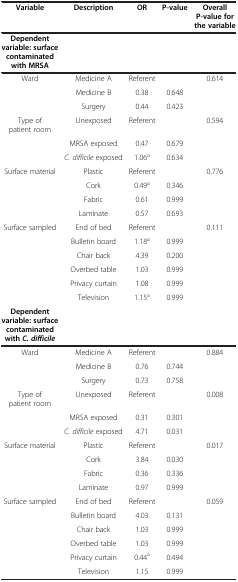
<table><thead><tr><td><b>Variable</b></td><td><b>Description</b></td><td><b>OR</b></td><td><b>P-value</b></td><td><b>Overall P-value for the variable</b></td></tr></thead><tbody><tr><td><b>Dependent variable: surface contaminated with MRSA</b></td><td> </td><td> </td><td> </td><td> </td></tr><tr><td>Ward</td><td>Medicine A</td><td>Referent</td><td> </td><td>0.614</td></tr><tr><td> </td><td>Medicine B</td><td>0.38</td><td>0.648</td><td> </td></tr><tr><td> </td><td>Surgery</td><td>0.44</td><td>0.423</td><td> </td></tr><tr><td>Type of patient room</td><td>Unexposed</td><td>Referent</td><td> </td><td>0.594</td></tr><tr><td> </td><td>MRSA exposed</td><td>0.47</td><td>0.679</td><td> </td></tr><tr><td> </td><td><i>C. difficile</i> exposed</td><td>1.06<sup>a</sup></td><td>0.634</td><td> </td></tr><tr><td>Surface material</td><td>Plastic</td><td>Referent</td><td> </td><td>0.776</td></tr><tr><td> </td><td>Cork</td><td>0.49<sup>a</sup></td><td>0.346</td><td> </td></tr><tr><td> </td><td>Fabric</td><td>0.61</td><td>0.999</td><td> </td></tr><tr><td> </td><td>Laminate</td><td>0.57</td><td>0.693</td><td> </td></tr><tr><td>Surface sampled</td><td>End of bed</td><td>Referent</td><td> </td><td>0.111</td></tr><tr><td> </td><td>Bulletin board</td><td>1.18<sup>a</sup></td><td>0.999</td><td> </td></tr><tr><td> </td><td>Chair back</td><td>4.39</td><td>0.200</td><td> </td></tr><tr><td> </td><td>Overbed table</td><td>1.03</td><td>0.999</td><td> </td></tr><tr><td> </td><td>Privacy curtain</td><td>1.08</td><td>0.999</td><td> </td></tr><tr><td> </td><td>Television</td><td>1.15<sup>a</sup></td><td>0.999</td><td> </td></tr><tr><td><b>Dependent variable: surface contaminated with </b><b><i>C. difficile</i></b></td><td> </td><td> </td><td> </td><td> </td></tr><tr><td>Ward</td><td>Medicine A</td><td>Referent</td><td> </td><td>0.884</td></tr><tr><td> </td><td>Medicine B</td><td>0.76</td><td>0.744</td><td> </td></tr><tr><td> </td><td>Surgery</td><td>0.73</td><td>0.758</td><td> </td></tr><tr><td>Type of patient room</td><td>Unexposed</td><td>Referent</td><td> </td><td>0.008</td></tr><tr><td> </td><td>MRSA exposed</td><td>0.31</td><td>0.301</td><td> </td></tr><tr><td> </td><td><i>C. difficile</i> exposed</td><td>4.71</td><td>0.031</td><td> </td></tr><tr><td>Surface material</td><td>Plastic</td><td>Referent</td><td> </td><td>0.017</td></tr><tr><td> </td><td>Cork</td><td>3.84</td><td>0.030</td><td> </td></tr><tr><td> </td><td>Fabric</td><td>0.36</td><td>0.336</td><td> </td></tr><tr><td> </td><td>Laminate</td><td>0.97</td><td>0.999</td><td> </td></tr><tr><td>Surface sampled</td><td>End of bed</td><td>Referent</td><td> </td><td>0.059</td></tr><tr><td> </td><td>Bulletin board</td><td>4.03</td><td>0.131</td><td> </td></tr><tr><td> </td><td>Chair back</td><td>1.03</td><td>0.999</td><td> </td></tr><tr><td> </td><td>Overbed table</td><td>1.03</td><td>0.999</td><td> </td></tr><tr><td> </td><td>Privacy curtain</td><td>0.44<sup>a</sup></td><td>0.494</td><td> </td></tr><tr><td> </td><td>Television</td><td>1.15</td><td>0.999</td><td> </td></tr></tbody></table>